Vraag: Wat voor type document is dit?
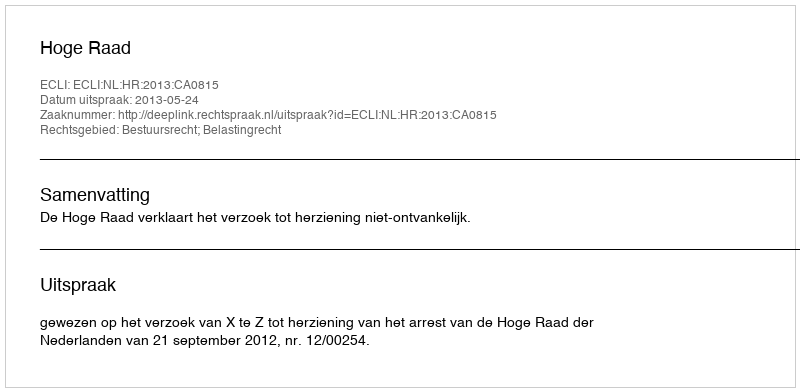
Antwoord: Uitspraak